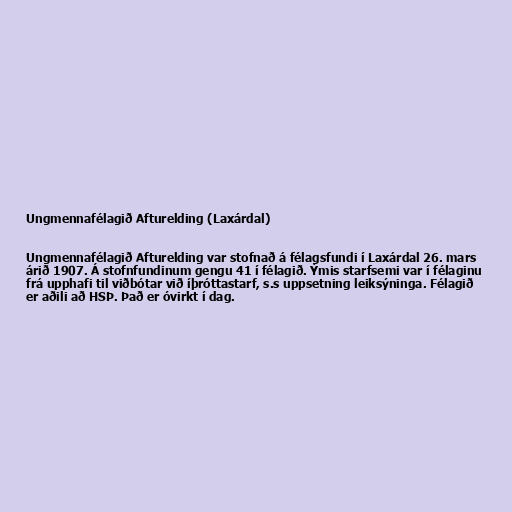
Ungmennafélagið Afturelding (Laxárdal)

Ungmennafélagið Afturelding var stofnað á félagsfundi í Laxárdal 26. mars
árið 1907. Á stofnfundinum gengu 41 í félagið. Ýmis starfsemi var í félaginu
frá upphafi til viðbótar við íþróttastarf, s.s uppsetning leiksýninga. Félagið
er aðili að HSÞ. Það er óvirkt í dag.